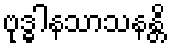
ဗုဒ္ဓါနသာသနန္တိ